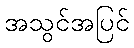
အသွင်အပြင်